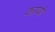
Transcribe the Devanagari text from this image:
काण्वों